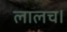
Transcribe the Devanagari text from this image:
लालच।